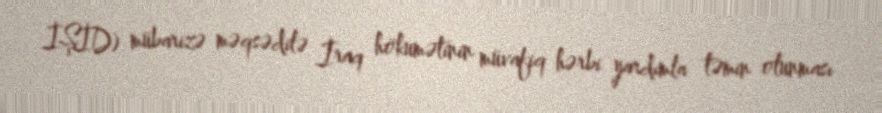
İŞİD) mübarizə məqsədilə İraq hökumətinin müvafiq hərbi yardımla təmin olunması